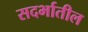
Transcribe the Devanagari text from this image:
सदर्भातील